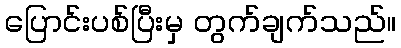
ပြောင်းပစ်ပြီးမှ တွက်ချက်သည်။